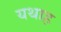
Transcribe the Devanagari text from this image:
यथाह